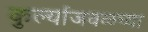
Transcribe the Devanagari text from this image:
कुर्ल्याजवळच्या